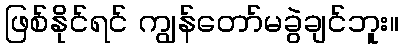
ဖြစ်နိုင်ရင် ကျွန်တော်မခွဲချင်ဘူး။